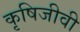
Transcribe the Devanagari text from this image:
कृषिजीवी